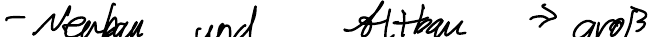
- Neubau und Altbau -> groß